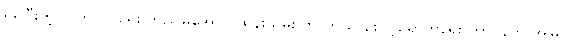
ရရှိပြီးတဲ့ လွတ်လပ်ရေး တည်မြဲအောင် ထိန်းသိမ်း ကာကွယ် စောင့်ရှောက်ရေး တာဝန်ကို အမြဲ